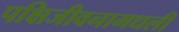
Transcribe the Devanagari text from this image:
पक्षिजीवनामधली